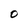
Character: O